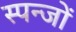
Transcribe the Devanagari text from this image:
स्पन्जों